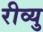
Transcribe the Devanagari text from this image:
रीव्यु